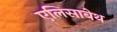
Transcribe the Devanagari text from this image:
एलिसाबेथ